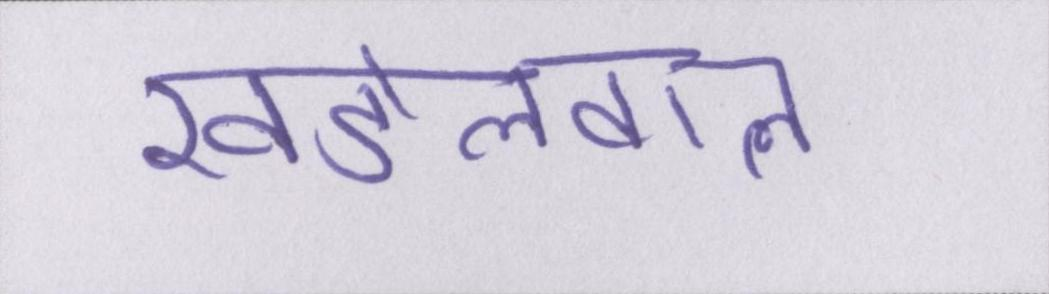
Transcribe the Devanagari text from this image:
खंडेलवाल